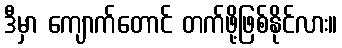
ဒီမှာ ကျောက်တောင် တက်ဖို့ဖြစ်နိုင်လား။